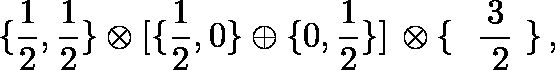
\lbrace { \frac { 1 } { 2 } } , { \frac { 1 } { 2 } } \rbrace \otimes \lbrack \lbrace { \frac { 1 } { 2 } } , 0 \rbrace \oplus \lbrace 0 , { \frac { 1 } { 2 } } \rbrace \rbrack \, \otimes \lbrace \mathrm { ~ \boldmath ~ { \frac { 3 } { ~ 2 } } ~ } \rbrace \, ,